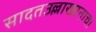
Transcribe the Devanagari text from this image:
सादतउल्लाखानाचा